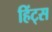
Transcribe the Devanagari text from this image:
हिंट्स